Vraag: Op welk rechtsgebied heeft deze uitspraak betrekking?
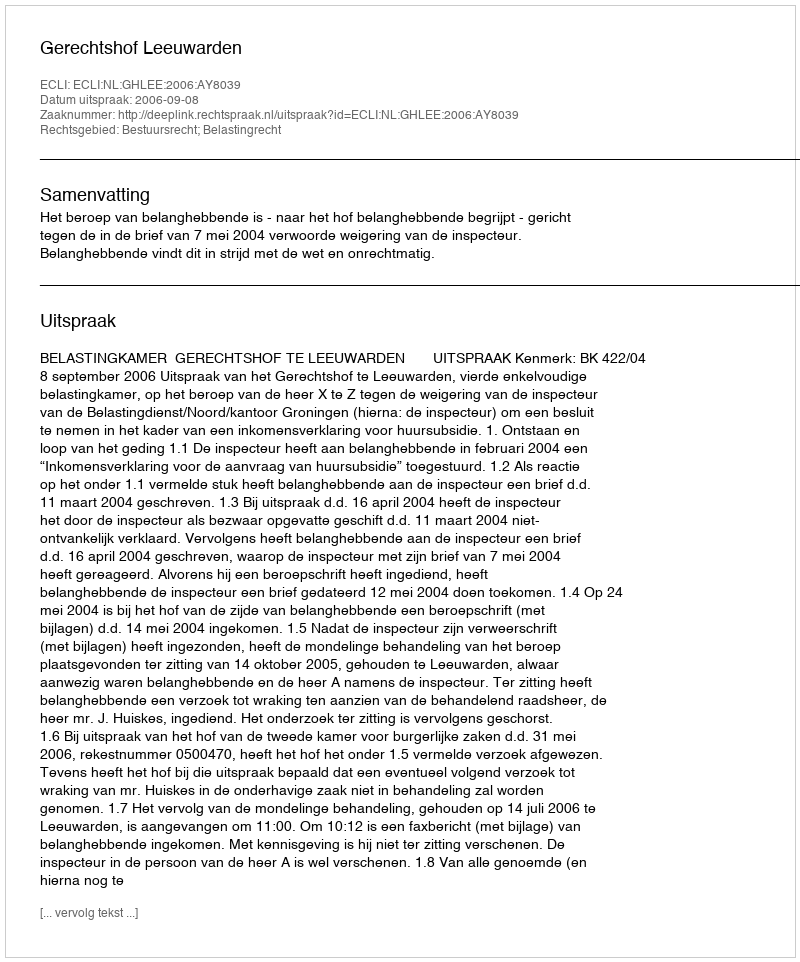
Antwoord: Bestuursrecht; Belastingrecht